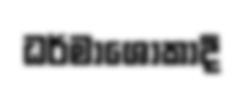
ධර්මාශෝකාදී